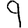
Digit: 9